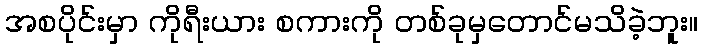
အစပိုင်းမှာ ကိုရီးယား စကားကို တစ်ခုမှတောင်မသိခဲ့ဘူး။